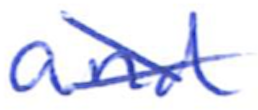
Text: and
Cross-out: cross
Writing tool: ballpoint